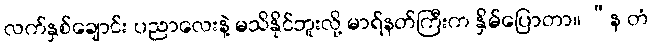
လက်နှစ်ချောင်း ပညာလေးနဲ့ မသိနိုင်ဘူးလို့ မာရ်နတ်ကြီးက နှိမ်ပြောတာ။ “န တံ